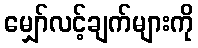
မျှော်လင့်ချက်များကို